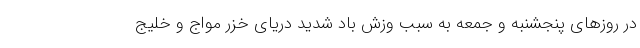
در روز‌های پنجشنبه و جمعه به سبب وزش باد شدید دریای خزر مواج و خلیج